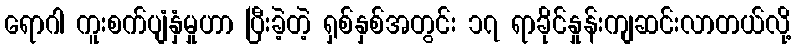
ရောဂါ ကူးစက်ပျံနှံမှုဟာ ပြီးခဲ့တဲ့ ရှစ်နှစ်အတွင်း ၁၇ ရာခိုင်နှုန်းကျဆင်းလာတယ်လို့